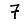
Digit: 7